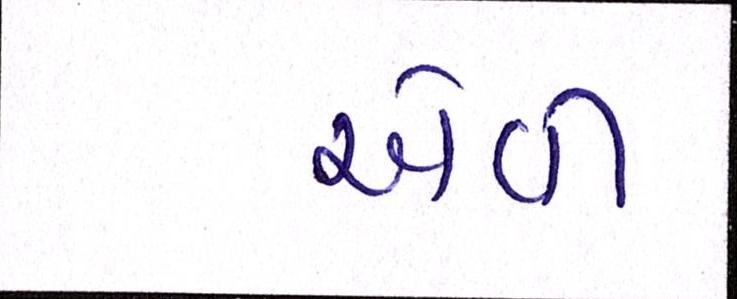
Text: એવી